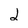
Character: 2